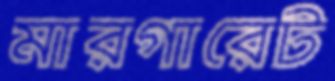
মারগারেট